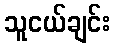
သူငယ်ချင်း